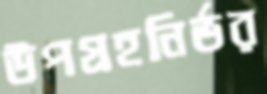
উপগ্রহনির্ভর